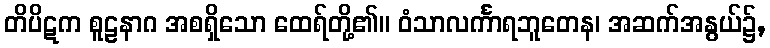
တိပိဋက စူဠနာဂ အစရှိသော ထေရ်တို့၏။ ဝံသာလင်္ကာရဘူတေန၊ အဆက်အနွယ်၌,